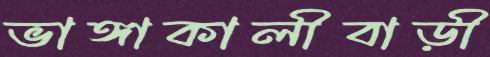
ভাঙ্গাকালীবাড়ী